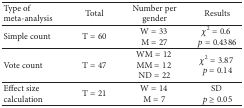
| Type of meta-analysis | Total | Number per gender | Results |
 | --- | --- | --- | --- |
 | Simple count | T = 60 | W = 33 M = 27 | χ2 = 0.6p = 0.4386 |
 | Vote count | T = 47 | WM = 12 MM = 12 ND = 22 | χ2 = 3.87p = 0.14 |
 | Effect size calculation | T = 21 | W = 14 M = 7 | SD p ≥ 0.05 |